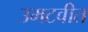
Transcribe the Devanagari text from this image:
उमटवीत